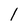
Character: l